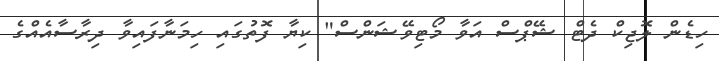
ހިޑެން ލޮޖިކް ދެޓް ޝޭޕްސް އަވާ މޯޓިވޭޝަންސް" ކިޔާ ފޮތުގައި ހިމަނާފައިވާ ދިރާސާއެއްގެ